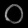
Digit: ၀